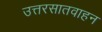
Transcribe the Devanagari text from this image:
उत्तरसातवाहन